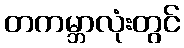
တကမ္ဘာလုံးတွင်